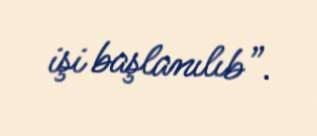
işi başlanılıb”.